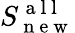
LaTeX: S_{\mathrm{~n~e~w~}}^{\mathrm{~a~l~l~}}